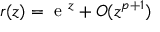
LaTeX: r ( z ) = { \textrm { e } } ^ { z } + O ( z ^ { p + 1 } )